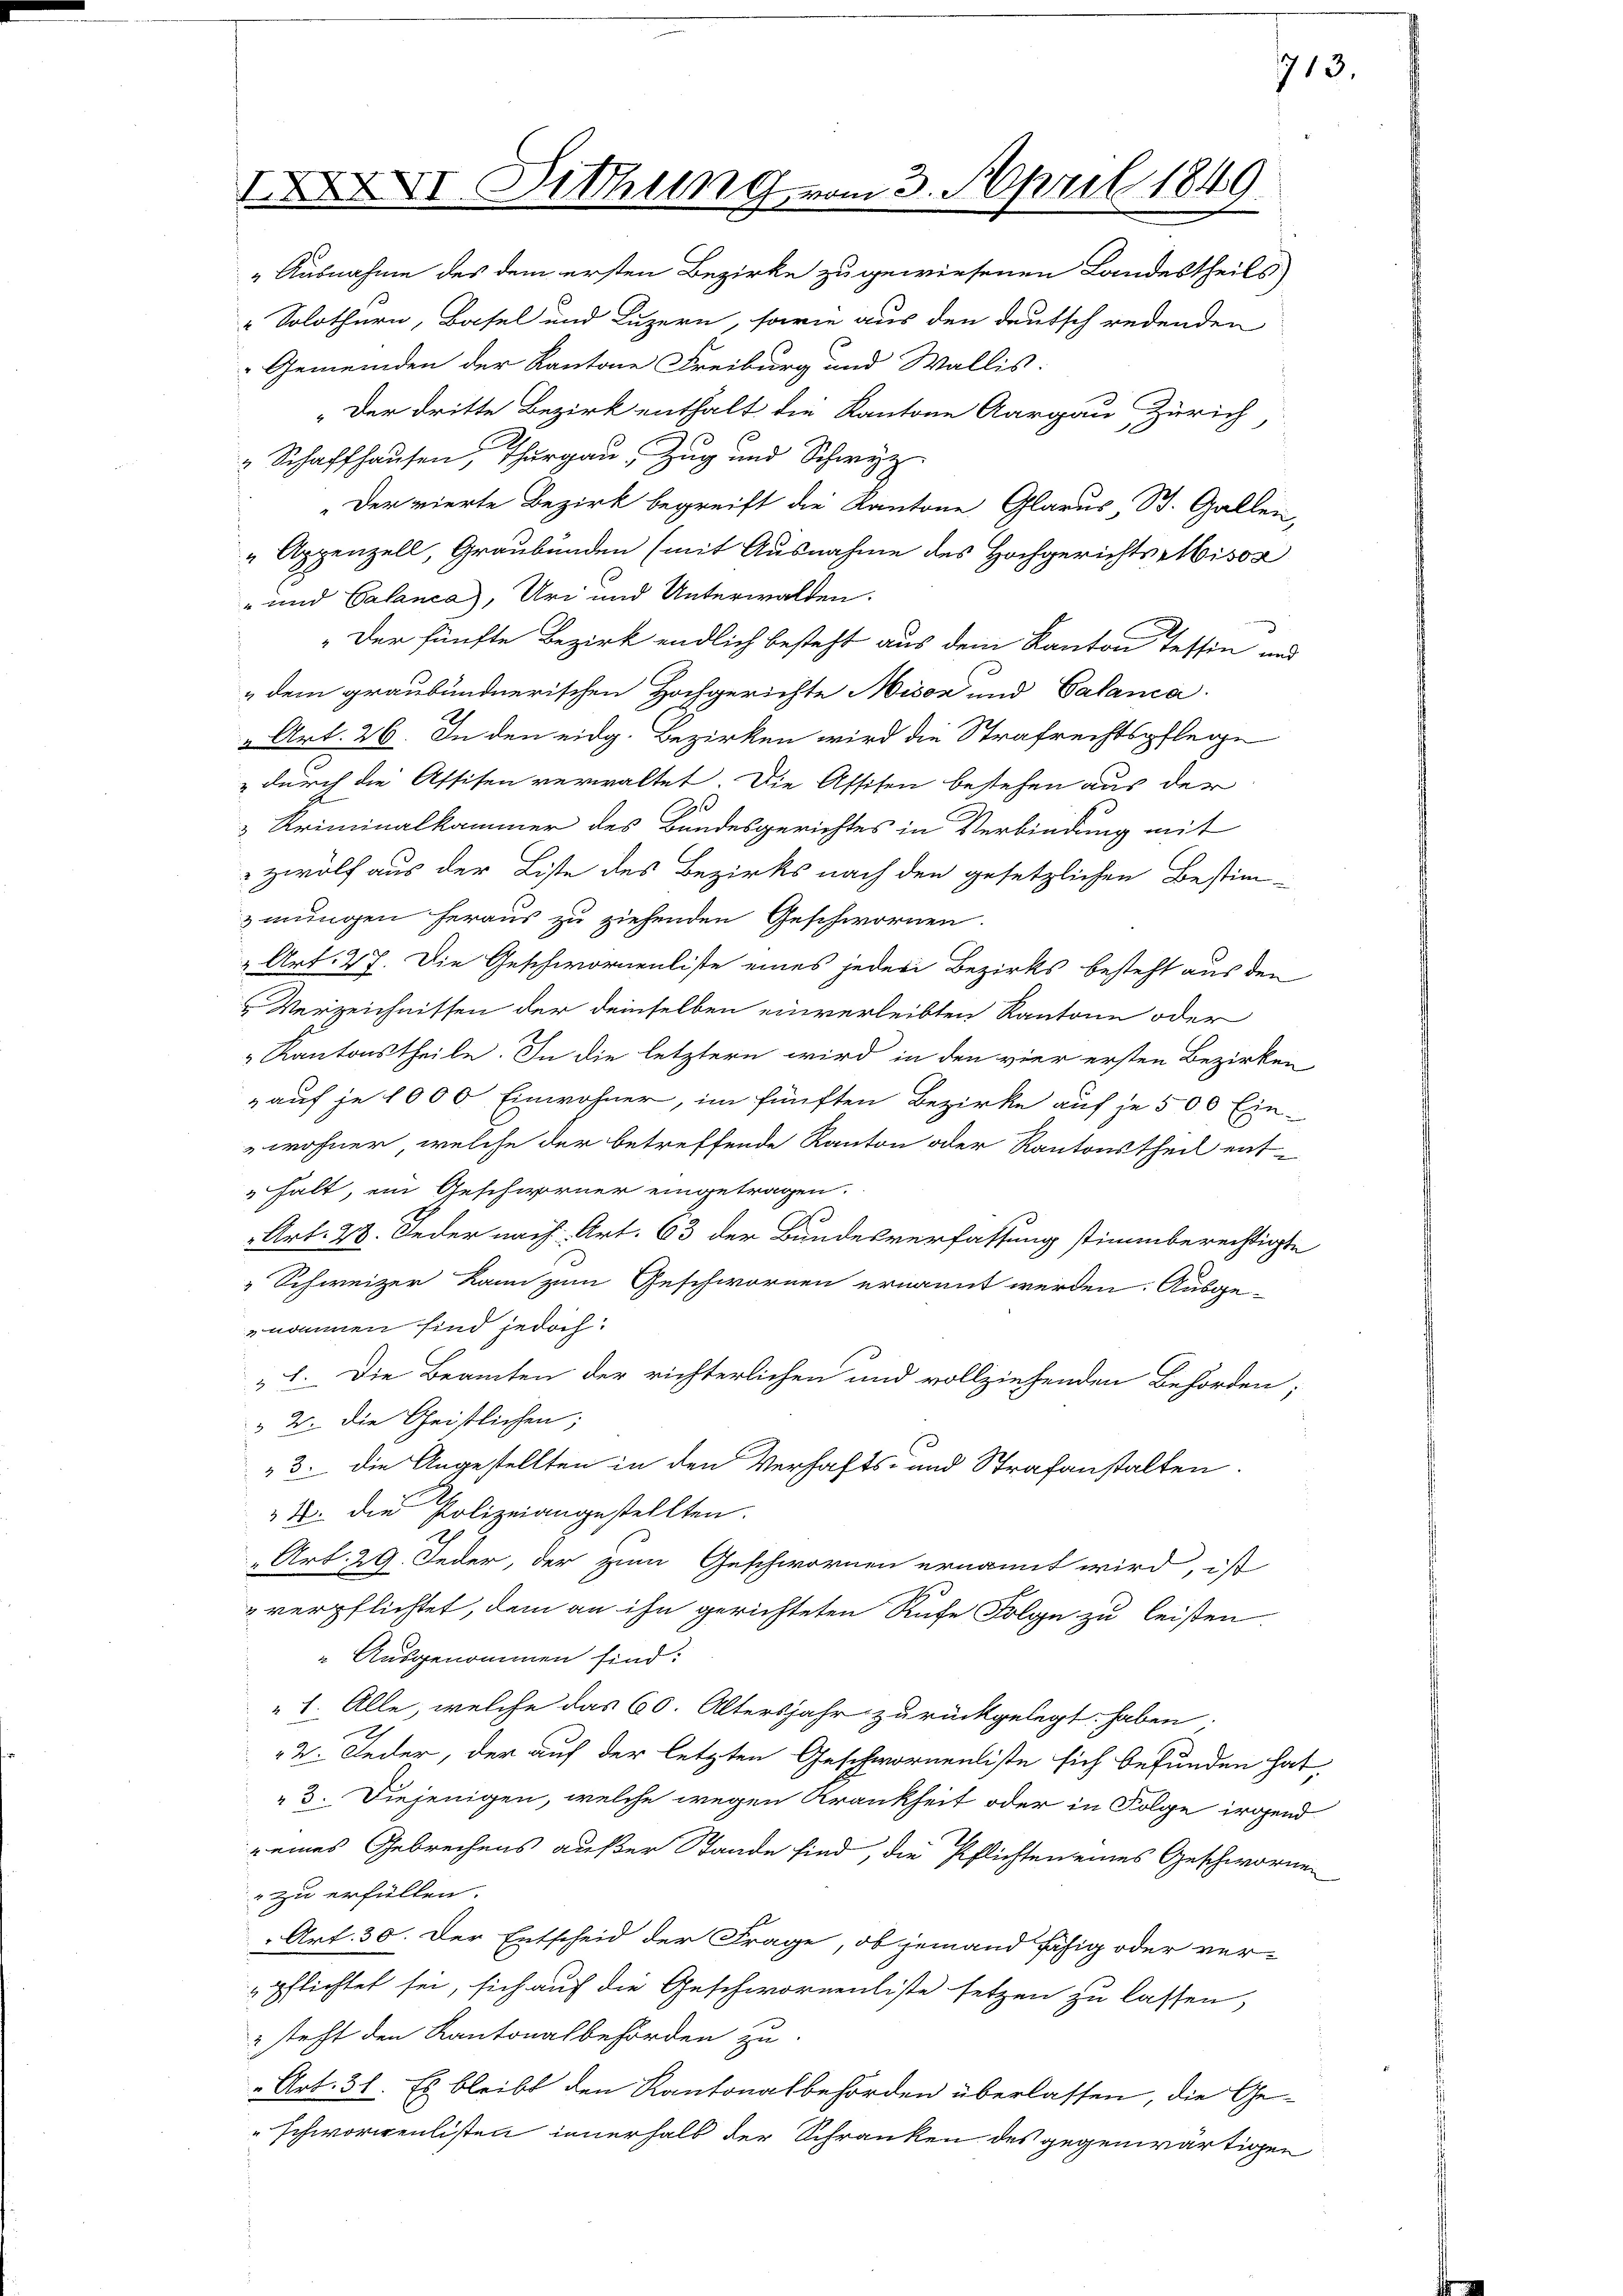
XXXVI. Dithung vom 3. April 1849

"Ausnahme des dem ersten Bezirke zu gewiesenen Landestheils
 Solothurn, Basel und Luzern, sowie aus den deutsch redenden
Gemeinden der Kantone Freiburg und Wallis.
„Der dritte Bezirk enthalt die Kantone Aargau Zürich
" Schaffhausen, Thurgau, Zug und Schwyz
Der vierte Bezirk begreift die Kantone Glarus, St. Gallen,
" Appenzell, Graubünden (mit Ausnahme des Hochgerichts Misor
- und Calanca), Uri und Unterwalden.
 „Der fünfte Bezirk endlich besteht aus dem Kanton Tessin und
" dem graubündnerischen Hochgerichte Miser und Calanca
" Art. 26. In den eidg. Bezirken wird die Strafrechtspflege
 durch die Assisen verwaltet. Die Assisen bestehen aus der
& Kriminalkammer des Bundesgerichtes in Verbindung mit
Zwölf aus der Liste des Bezirks nach den gesetzlichen Bestim-
zmungen heraus zu ziehenden Geschwornen.
" Art. 27. Die Geschwornenliste eines jeder Bezirks besteht aus den
Verzeichnissen der demselben einverleibten Kantone oder
Kantonstheile. In die letztern wird in den vier ersten Bezirken
" auf je 1000 Einwohner, im fünften Bezirke auf je 500 Ein-
wohner, welche der betreffende Kanton oder Kantonstheil ent-
halt, ein Geschiener eingetragen.
3.
Art. 28. Jeder nach Art. 63 der Bundesverfassung stimmberechtigte
" Schweizer kann zum Geschwornen ernannt werden. Ausge-
nommen sind jedoch:
1. Die Beamten der richterlichen und vollziehenden Behörden;
 2. die Geistlichen;
3. die Angestellten in den Verhafts- und Strafanstalten.
4. die Polizeiangestellten.
„Art. 29. Jeder, der zum Geschwornen ernannt wird, ist
 verpflichtet, dem an ihn gerichteten Rufe Folge zu leisten.
Ausgenommen sind:
" 1. Alle, welche das 60. Altersjahr zurückgelegt haben.
2. Jeder, der auf der letzten Geschwornenliste sich befunden hat
3. Diejenigen, welche wegen Krankheit oder in Folge irgend
 eines Gebrechens außer Stande sind, die Pflichten eines Geschworne
 zu erfüllen.
Art. 30. Der Entscheid der Frage, ob jemand fähig oder ver
pflichtet sei, sich auf die Geschwornenliste setzen zu lassen,
2 steht den Kantonalbehörden zu
„Art. 31. Es bleibt den Kantonalbehörden überlassen, die Ge-
"schworenlisten innerhalb der Schranken des gegenwärtigen

713.